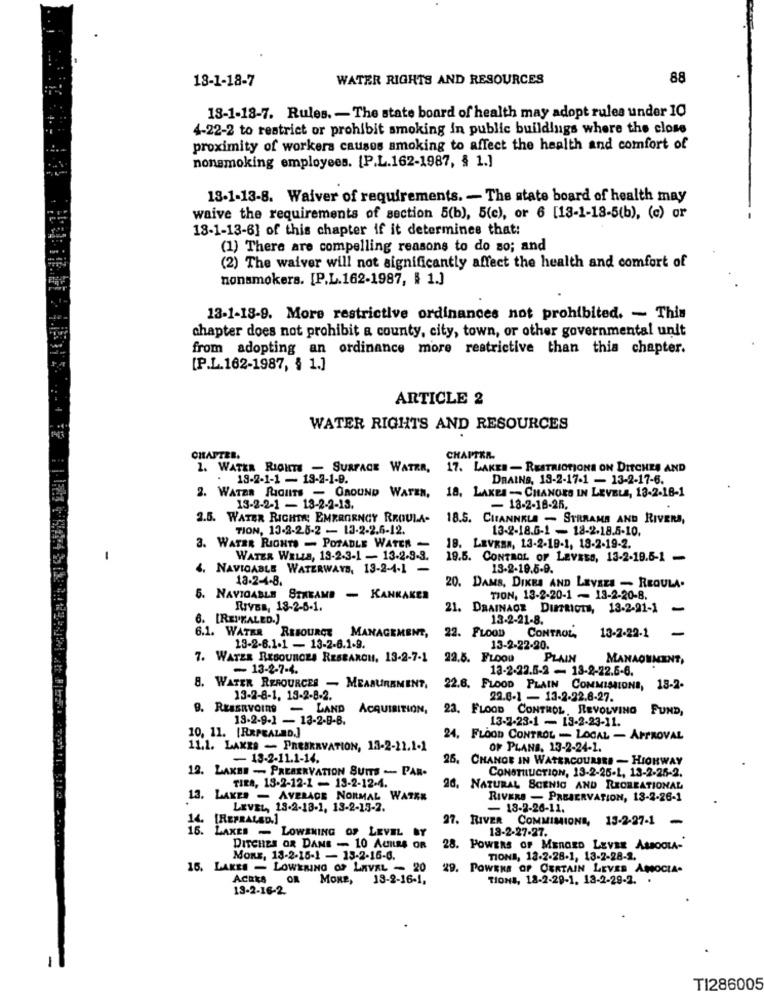
18-1-18-7
WATER RIGHTS AND RESOURCES
88
18-1-18-7. Rules. - The state board of health may adopt rules under 10
4-22-2 to restrict or prohibit smoking in public buildings where the close
proximity of workers causes smoking to affect the health and comfort of
nonsmoking employees. [P.L.162-1987, § 1.]
13-1-13-8. Waiver of requirements. - The state board of health may
waive the requirements of section 5(b), 5(c), or 6 [13-1-18-5(b), (c) or
18-1-13-6] of this chapter if it determines that:
(1) There are compelling reasons to do so; and
(2) The waiver will not significantly affect the health and comfort of
nonsmokers. [P.L.162-1987, § 1.]
13-1-18-9. More restrictive ordinances not prohibited. - This
chapter does not prohibit a county, city, town, or other governmental unit
from adopting an ordinance more restrictive than this chapter.
[P.L.162-1987, § 1.]
ARTICLE 2
WATER RIGHTS AND RESOURCES
CHAPTER.
CHAPTER.
1. WATKR RIGHTS - SURFACE WATER,
17. LAKES - RESTRICTIONS ON DITCHES AND
. 18-2-1-1 - 13-2-1-9.
DRAINS, 13-2-17-1 - 13-2-17-6.
2. WATER RIGHTS - GROUND WATER, 18, LAKES - CHANGES IN LEVELS, 13-2-16-1
13-2-2-1 - 13-2-2-13.
- 18-2-18-25.
2.5. WATER RIGHTE; EMERGENCY RROULA-
18.5. CHANNELA - STRRAMA AND RIVERS,
TION, 13-2-25-2 - 13-2-2.6-12.
13-2-18.6-1 - 18-2-18.5-10.
3. WATER RIGHTS - POTABLE WATER -
18. LEVRBA, 13-2-19-1, 18-2-19-2.
WATER WELLS, 13-2-3-1 - 13-2-3-3.
19.5. CONTROL OF LEVELS, 13-2-19.5-1 -
4. NAVIGABLE WATERWAYS, 13-2-4-1 -
13-2-19.5-9.
18-2-4-8.
20. DAMS, DIKES AND LEVELS - REGULA-
5. NAVIGABLE STREAME - KANKAKER
TION, 13-2-20-1 - 13-2-20-8.
RIVER, 18-2-6-1.
21. DRAINAGE DITRIOIN, 13-2-21-1
-
6. [REPEALED.)
13-2-21-8.
-
6.1. WATER RESOURCE MANAGEMENT,
22. FLOOD CONTROL,
13-2-22-1
13-2-6.1.1 - 13-2-6.1-9.
13-2-22-20.
7. WATER RESOURCES RESEARCH, 13-2-7-1
22.5. FLOOu PLAIN
MANAGEMENT,
- 13-2-7-4.
13-2-22.5-2 - 13-2-22.5-6.
8. WATER RESOURCES - MEASUREMENT,
22.6. FLOOD PLAIN COMMISSIONS, 18-2-
13-2-8-1, 15-2-8-2.
22.6-1 - 13-2-22.8-27.
9. RESERVOIRS - LAND
ACQUISITION,
23. FLOOD CONTROL, REVOLVING FUND,
13-2-9-1 - 13-2-9-B.
13-2-23-1 - 13-2-23-11.
10, 11. [REPEALED.]
24, FLOOD CONTROL - LOCAL - APPROVAL
11.1. LAKES - PRESERVATION, 13-2-11.1-1
OF PLANS, 13-2-24-1.
- 18-2-11.1-14.
26. CHANGE IN WATERCOURSES - HIGHWAY
12. LAKBE - PRESERVATION SUITS - PAR-
CONSTULLICTION, 13-2-25-1, 13-2-26-2.
TIRA, 13-2-12-1 - 13-2-12-4.
26. NATURAL SCENIC AND RECREATIONAL
13. LAKER - AVERAGE NORMAL WATKE
RIVERS - PRESERVATION, 13-2-26-1
LEVEL, 13-2-18-1, 13-2-15-2.
- 18-2-26-11.
14. [REFRALSD.]
27. RIVER COMMIMIONE, 13-2-27-1
-
13-2-27-27.
15. LAKES - LOWENING OF LEVEL BY
DITCHES OR DANS - 10 ACILRS OR
28. POWERS OF MERGED LEVEE ASBOOLA-
Mons, 13-2-15-1 - 13-2-16-0.
TIONI, 12-2-28-1, 13-2-28-2.
16. LAKES - LOWERING OF LAVAL - 20
29. POWERS OF CERTAIN LEVER ANNOCIA-
MORE, 13-2-16-1,
TIONS, 18-2-29-1. 13-2-29-2.
19-2-16-2
TI286005